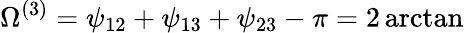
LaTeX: \Omega^{(3)}=\psi_{12}+\psi_{13}+\psi_{23}-\pi=2\arctan